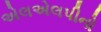
એલએલપીનો